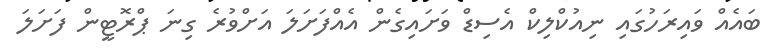
ބައެއް ވައިރަހުގައި ނިއުކްލިކް އެސިޑް ވަށައިގެން އެއްފަށަލަ އަށްވުރެ ގިނަ ޕްރޮޓީން ފަށަލަ